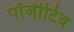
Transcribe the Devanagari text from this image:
पॉजीटिव